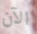
الآن